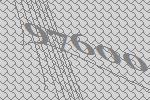
97600